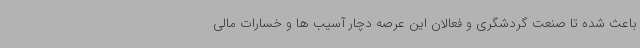
باعث شده تا صنعت گردشگری و فعالان این عرصه دچار آسیب ها و خسارات مالی